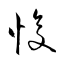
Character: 愎